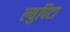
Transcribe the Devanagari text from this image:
ल्युपिटा